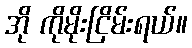
အို ကိုမိုးငြိမ်းရယ်။